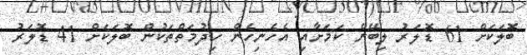
ބޮލަކަށް 61 ޑޮލަރު ލިބޭނެ ކަމަށާއި އެހެނިހެން ހިދުމަތްތަކުން ބޮލަކަށް 41 ޑޮލަރު